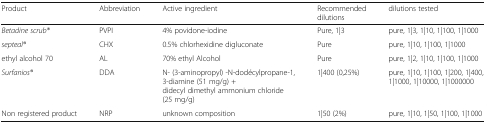
<table><thead><tr><td><b>Product</b></td><td><b>Abbreviation</b></td><td><b>Active ingredient</b></td><td><b>Recommended dilutions</b></td><td><b>dilutions tested</b></td></tr></thead><tbody><tr><td><i>Betadine scrub®</i></td><td>PVPI</td><td>4% povidone-iodine</td><td>Pure, 1|3</td><td>pure, 1|3, 1|10, 1|100, 1|1000</td></tr><tr><td><i>septeal®</i></td><td>CHX</td><td>0.5% chlorhexidine digluconate</td><td>Pure</td><td>pure, 1|10, 1|100, 1|1000</td></tr><tr><td>ethyl alcohol 70</td><td>AL</td><td>70% ethyl Alcohol</td><td>Pure</td><td>pure, 1|2, 1|10, 1|100, 1|1000</td></tr><tr><td><i>Surfanios®</i></td><td>DDA</td><td>N- (3-aminopropyl) -N-dodécylpropane-1, 3-diamine (51 mg/g) +didecyl dimethyl ammonium chloride (25 mg/g)</td><td>1|400 (0,25%)</td><td>pure, 1|10, 1|100, 1|200, 1|400, 1|1000, 1|10000, 1|1000000</td></tr><tr><td>Non registered product</td><td>NRP</td><td>unknown composition</td><td>1|50 (2%)</td><td>pure, 1|10, 1|50, 1|100, 1|1000</td></tr></tbody></table>